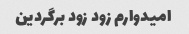
امیدوارم زود زود برگردین